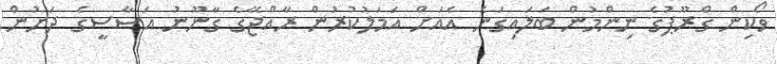
ވޯކިން ގްރޫޕުގެ ނިންމުން ބަލައިގަނެ އެއަށް އަމަލުކުރުން ރާއްޖޭގެ ގާނޫނު އަސާސީގެ ދަށުން